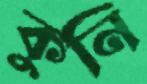
কুনি